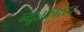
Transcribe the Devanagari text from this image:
न्यूज़कास्टर